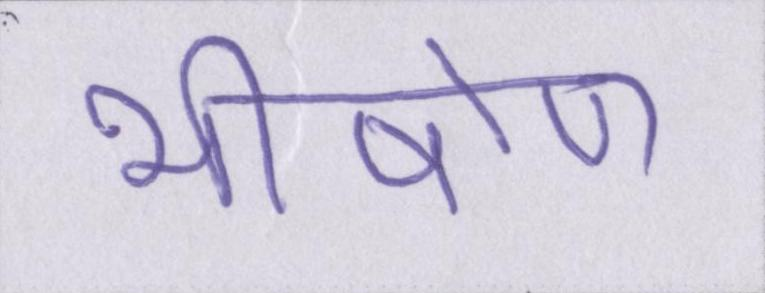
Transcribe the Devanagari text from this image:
भीषोण